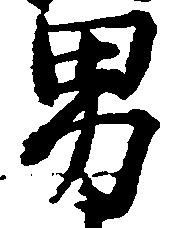
男